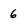
Character: 6